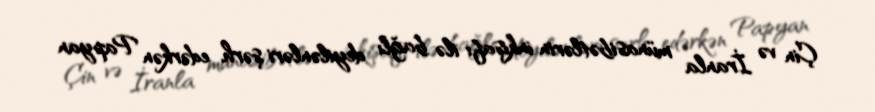
Çin və İranla münasibətlərin inkişafı ilə bağlı deyilənləri şərh edərkən Papyan